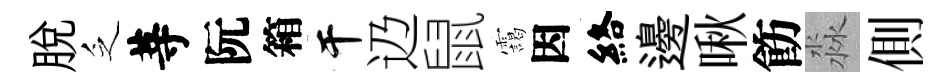
脱乏䓁阮箱干辸鼠靄因絡邊啾飭淼側